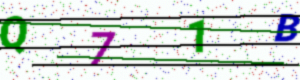
Text: Q71B